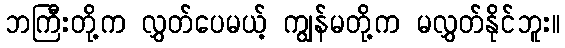
ဘကြီးတို့က လွှတ်ပေမယ့် ကျွန်မတို့က မလွှတ်နိုင်ဘူး။